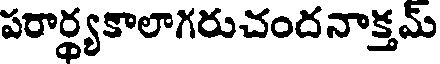
పరార్థ్యకాలాగరుచందనాక్తమ్